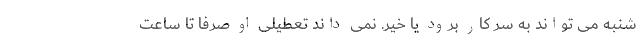
شنبه می تواند به سر کار برود یا خیر. نمی داند تعطیلی او صرفا تا ساعت